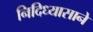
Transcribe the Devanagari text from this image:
निदिध्यासाने